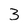
Character: 3